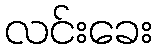
လင်းခေး